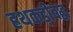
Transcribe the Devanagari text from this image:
हथकड़ीबद्ध